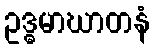
ဥဒ္ဓမာဃာတနံ